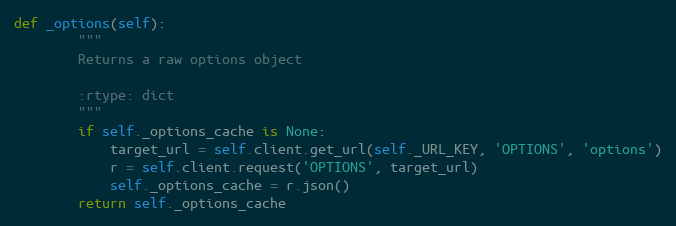
Language: Python
def _options(self):
        """
        Returns a raw options object

        :rtype: dict
        """
        if self._options_cache is None:
            target_url = self.client.get_url(self._URL_KEY, 'OPTIONS', 'options')
            r = self.client.request('OPTIONS', target_url)
            self._options_cache = r.json()
        return self._options_cache